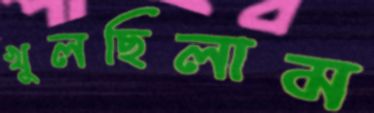
খুলছিলাম